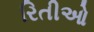
રિતીઓ